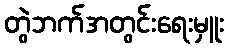
တွဲဘက်အတွင်းရေးမှူး